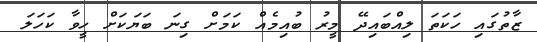
ޒާތުގައި ހަކަތަ ލިއްބައިދޭ މީރު ބުއިމެއް ކަމަށް ގިނަ ބަޔަކަށް ހީވާ ކަހަލަ